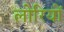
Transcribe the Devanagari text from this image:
लोरियों